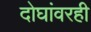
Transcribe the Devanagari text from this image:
दोघांवरही